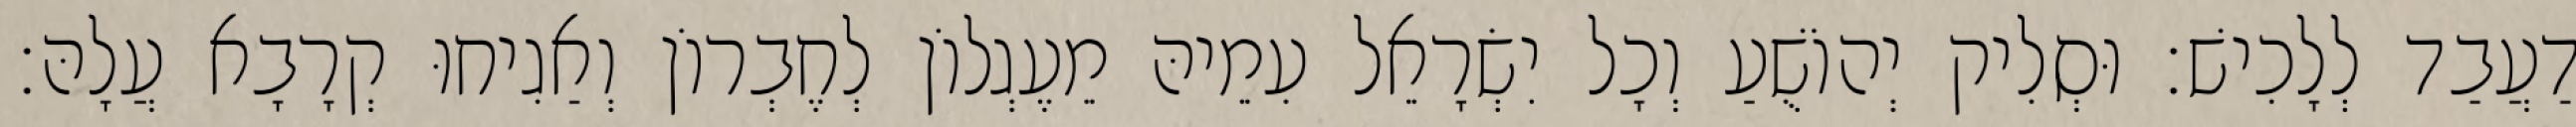
דַעֲבַד לְלָכִישׁ׃ וּסְלִיק יְהוֹשֻׁעַ וְכָל יִשְׂרָאֵל עִמֵיהּ מֵעֶגְלוֹן לְחֶבְרוֹן וְאַגִיחוּ קְרָבָא עֲלָהּ׃